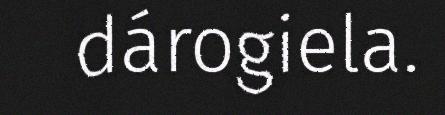
dárogiela.